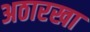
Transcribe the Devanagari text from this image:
अठारखा